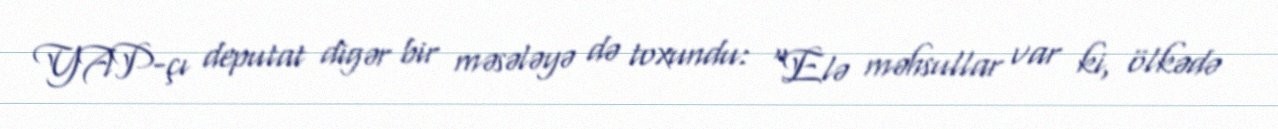
YAP-çı deputat digər bir məsələyə də toxundu: “Elə məhsullar var ki, ölkədə